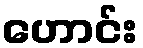
ဟောင်း